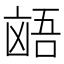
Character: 𫥩